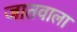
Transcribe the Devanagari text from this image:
जातवाला